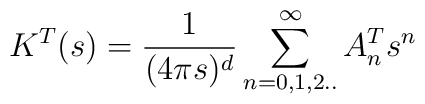
K^T(s)={1 \over (4\pi s)^d}\sum_{n=0,1,2..}^{\infty}A^T_n s^n